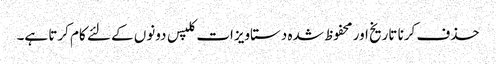
حذف کرنا تاریخ اور محفوظ شدہ دستاویزات کلپس دونوں کے لئے کام کرتا ہے۔